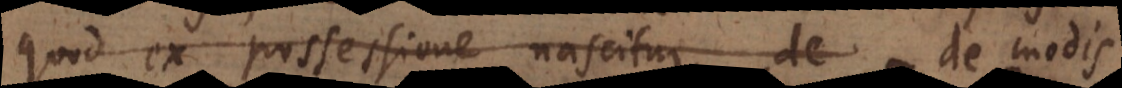
quod ex possessione nascitur, de in